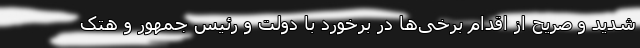
شدید و صریح از اقدام برخی‌ها در برخورد با دولت و رئیس جمهور و هتک